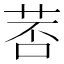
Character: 䓏